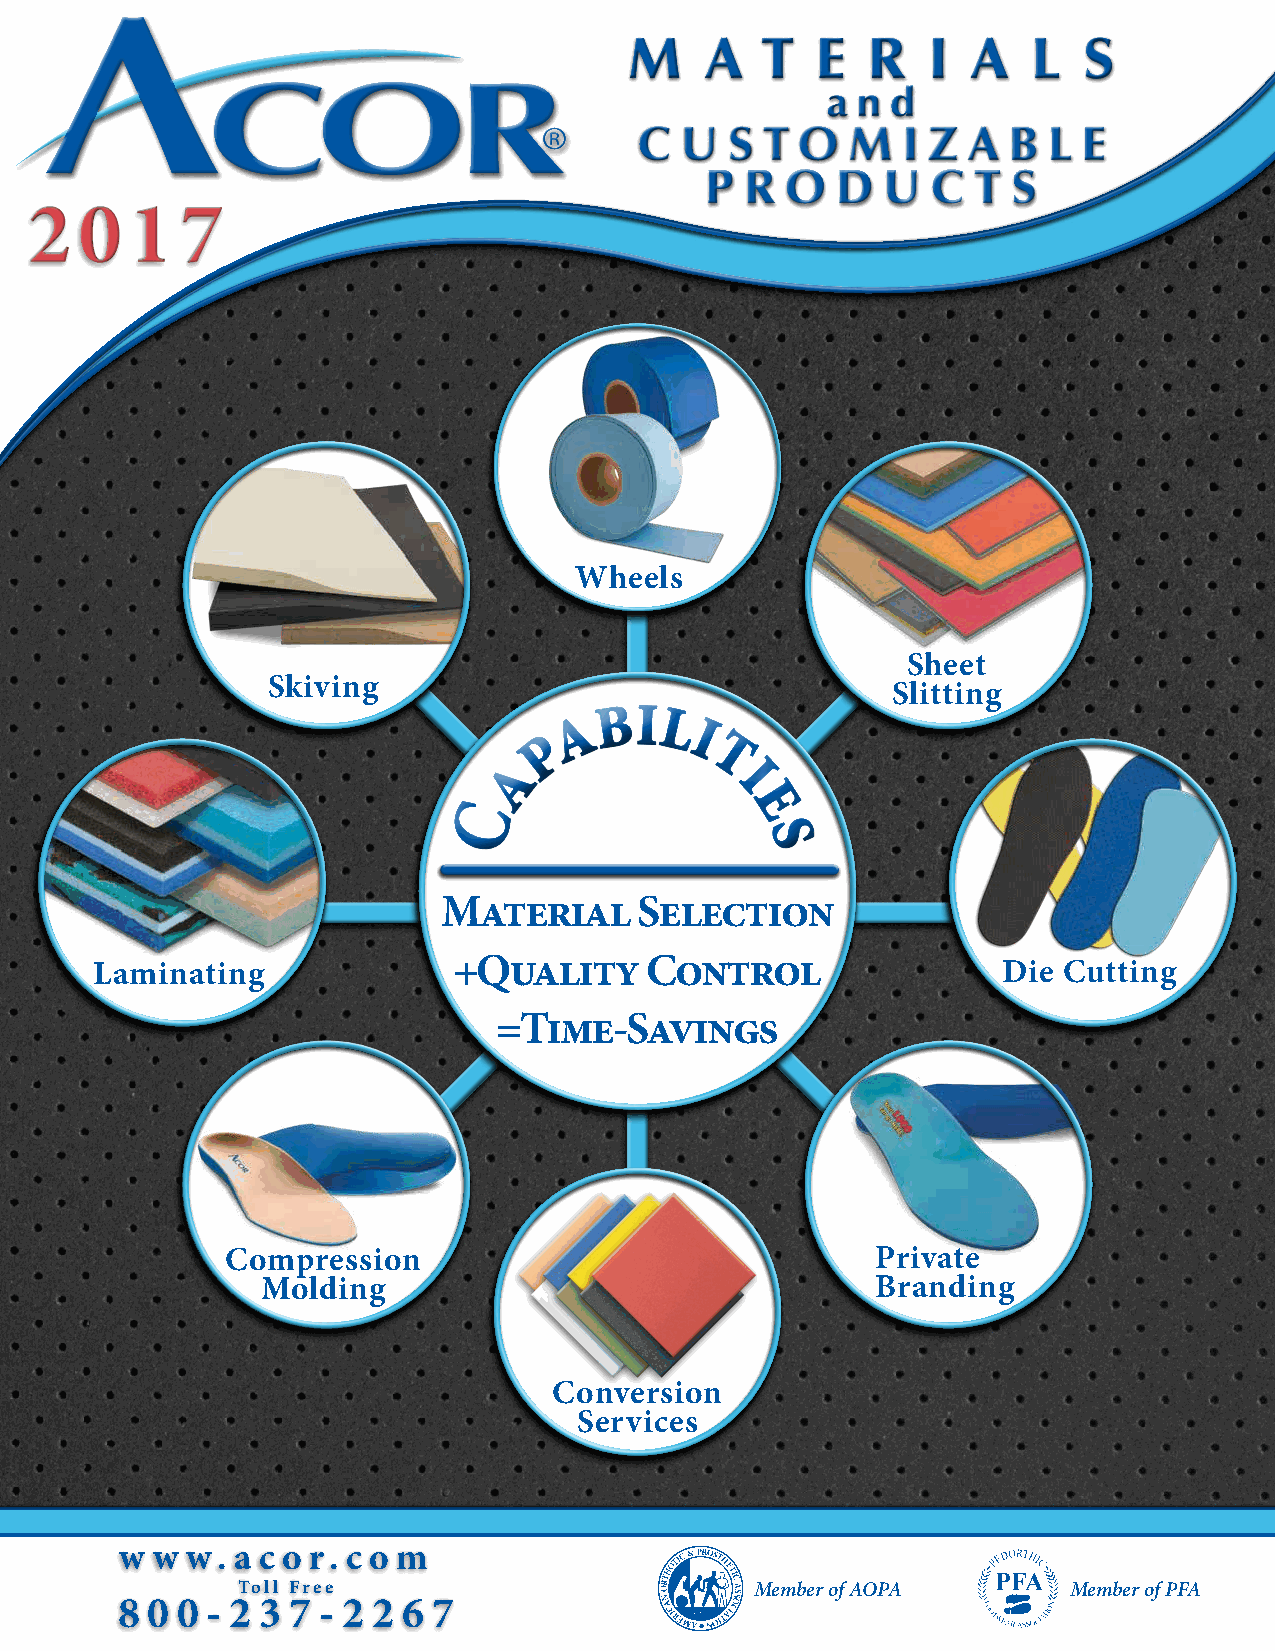
M    A  T   E  R   I  A   L   S
 a n d
 C  U  S  T O  M   I Z A  B L  E
 P R  O  D  U   C  T S
 2  0   1  7
 Wheels
 Sheet
 Skiving
 Slitting
 bi
 a    l
 i
 p
 t
 a
 i
 C                e
 s
 Material     Selection
 Laminating              +Quality     Control                Die Cutting
 =Time-Savings
 Compression                                Private
 Molding                                  Branding
 Conversion
 Services
 w w w. a c o r. c o m
 Toll Free                         Member of AOPA       Member of PFA
 8 0 0 - 2 3 7 - 2 2 6 7